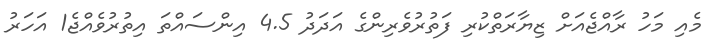
މެއި މަހު ރާއްޖެއަށް ޒިޔާރަތްކުރި ފަތުރުވެރިންގެ އަދަދު 4.5 އިންސައްތަ އިތުރުވެއްޖެ1 އަހަރު